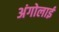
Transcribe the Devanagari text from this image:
अंगोलाई